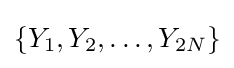
\{Y_{1},Y_{2},\dots ,Y_{2N}\}